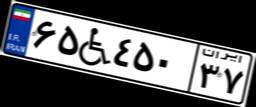
۶۵W۴۵۰۳۷